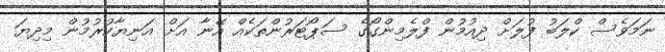
ނަމަވެސް ކްލަބު ފުލަށް ދިއުމުން ފްލެމިންގޯގެ ސަޕޯޓަރުންތަކެއް އޭނާ އަށް އަނިޔާކުރުމުން މިދިޔަ